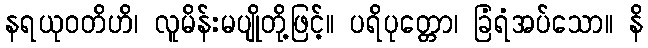
နရယုဝတိဟိ၊ လူမိန်းမပျိုတို့ဖြင့်။ ပရိပုတ္တော၊ ခြံရံအပ်သော။ နိ